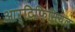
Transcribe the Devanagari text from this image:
आर्टिफिसियल